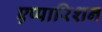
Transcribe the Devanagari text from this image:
एप्पारिशन